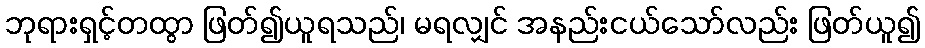
ဘုရားရှင့်တထွာ ဖြတ်၍ယူရသည်၊ မရလျှင် အနည်းငယ်သော်လည်း ဖြတ်ယူ၍